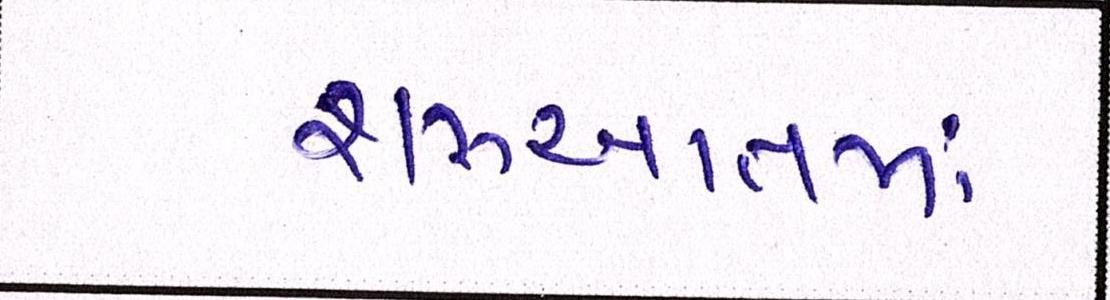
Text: શરૂઆતમાં